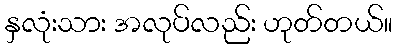
နှလုံးသား အလုပ်လည်း ဟုတ်တယ်။